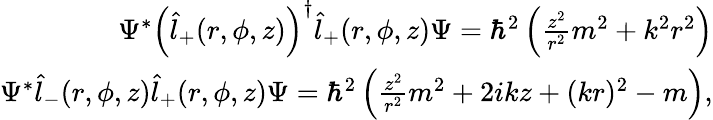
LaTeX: \begin{array}{r}{\Psi^{*}\left(\hat{l}_{+}(r,\phi,z)\right)^{\dagger}\hat{l}_{+}(r,\phi,z)\Psi=\hbar^{2}\left(\frac{z^{2}}{r^{2}}m^{2}+k^{2}r^{2}\right)}\\ {\Psi^{*}\hat{l}_{-}(r,\phi,z)\hat{l}_{+}(r,\phi,z)\Psi=\hbar^{2}\left(\frac{z^{2}}{r^{2}}m^{2}+2ikz+(kr)^{2}-m\right),}\end{array}